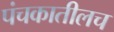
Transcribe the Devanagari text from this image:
पंचकातीलच